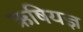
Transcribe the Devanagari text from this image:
ऋषियज्ञ